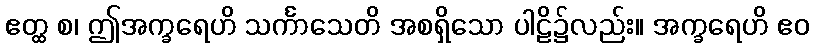
ဧတ္ထ စ၊ ဤအက္ခရေဟိ သင်္ကာသေတိ အစရှိသော ပါဠိ၌လည်း။ အက္ခရေဟိ ဧဝ